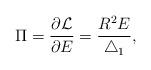
LaTeX: \begin{align*}\Pi = \frac{\partial {\cal L}}{\partial E} =\frac{R^2 E}{\bigtriangleup_1},\end{align*}